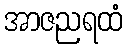
အာဇညရထံ